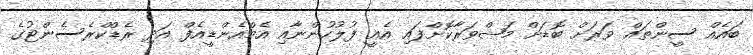
ބައެއް ސީންތައް ވަރަށް ބޮޑަށް މަޝްވަރާކޮށްފައި އެއީ ފުލުހުންނާއި އެމްއެންޑީއެފް އަދި ރެޑްކްރެސެންޓުގެ